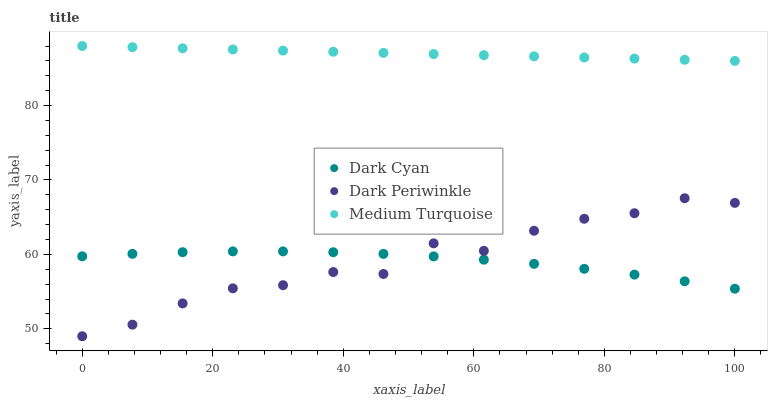
| xaxis_label | Dark Cyan | Dark Periwinkle | Medium Turquoise |
 | --- | --- | --- | --- |
 | 0 | 59.7 | 49 | 88 |
 | 7.69 | 60.1 | 50.6 | 87.8 |
 | 15.4 | 60.3 | 53.4 | 87.7 |
 | 23.1 | 60.4 | 55.4 | 87.5 |
 | 30.8 | 60.4 | 55.9 | 87.4 |
 | 38.5 | 60.3 | 57.6 | 87.2 |
 | 46.2 | 60.1 | 57.4 | 87.1 |
 | 53.8 | 59.7 | 61.5 | 86.9 |
 | 61.5 | 59.3 | 60.5 | 86.8 |
 | 69.2 | 58.7 | 63.2 | 86.6 |
 | 76.9 | 58.1 | 64.8 | 86.5 |
 | 84.6 | 57.3 | 65.5 | 86.3 |
 | 92.3 | 56.4 | 67.5 | 86.2 |
 | 100 | 55.4 | 66.9 | 86 |